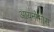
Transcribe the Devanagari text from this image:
आयनोमौस